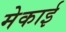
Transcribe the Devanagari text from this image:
मेकाई